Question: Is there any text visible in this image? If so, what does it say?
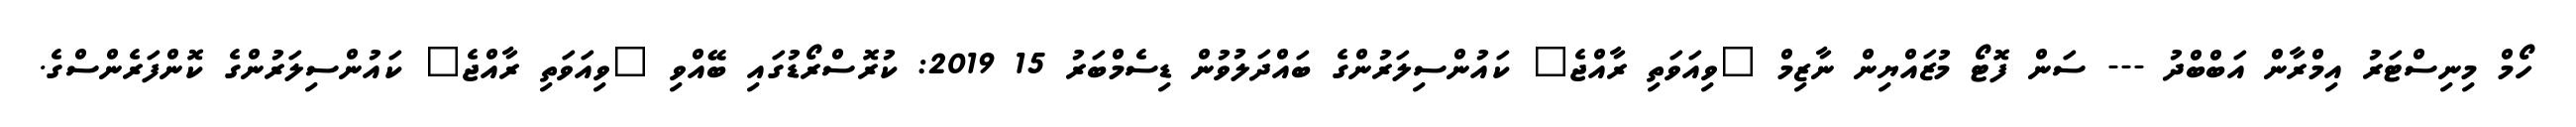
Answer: ހޯމް މިނިސްޓަރު އިމްރާން އަބްބްދު --- ސަން ފޮޓޯ މުޒައްޔިން ނާޒިމް "ވިއަވަތި ރާއްޖެ" ކައުންސިލަރުންގެ ބައްދަލުވުން ޑިސެމްބަރު 15 2019: ކުރޮސްރޯޑުގައި ބޭއްވި "ވިއަވަތި ރާއްޖެ" ކައުންސިލަރުންގެ ކޮންފަރެންސްގެ.